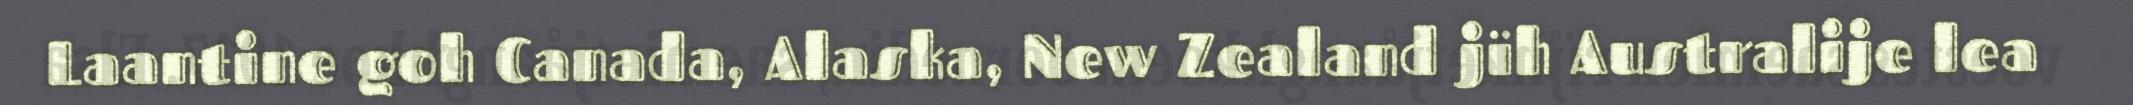
Laantine goh Canada, Alaska, New Zealand jïh Australije lea